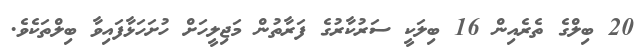
20 ބިލްގެ ތެރެއިން 16 ބިލަކީ ސަރުކާރުގެ ފަރާތުން މަޖިލީހަށް ހުށަހަޅާފައިވާ ބިލްތަކެވެ.